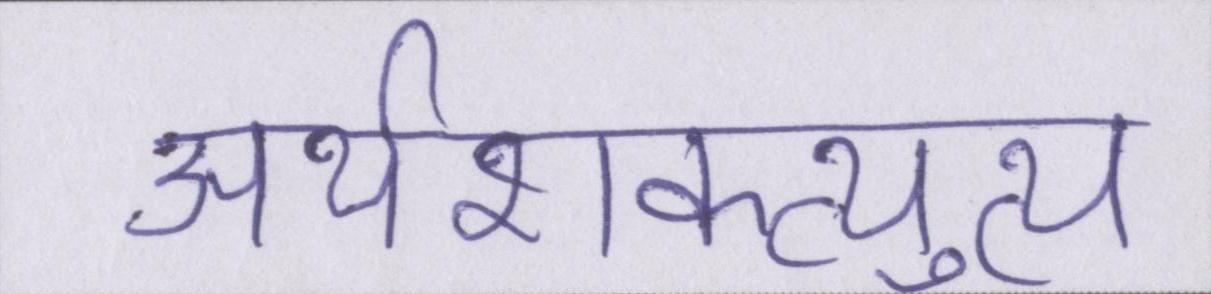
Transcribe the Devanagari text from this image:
अर्थशक्त्युत्थ